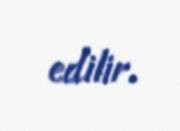
edilir.